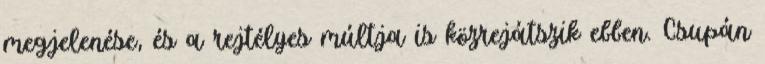
megjelenése, és a rejtélyes múltja is közrejátszik ebben. Csupán